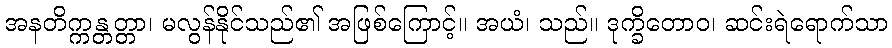
အနတိက္ကန္တတ္တာ၊ မလွန်နိုင်သည်၏ အဖြစ်ကြောင့်။ အယံ၊ သည်။ ဒုက္ခိတောဝ၊ ဆင်းရဲရောက်သာ